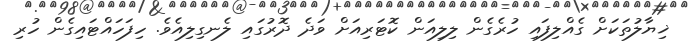
ޚިޔާލުތަކަށް ގެއްލިފައި ހުރެގެން ލިލިއަން ކޮޓަރިއަށް ވަދެ ދޮރުގައި ލެނގިލިއެވެ. ހިފަހައްޓައިގެން ހުރި